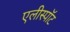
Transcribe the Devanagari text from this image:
एलीस्पॉट